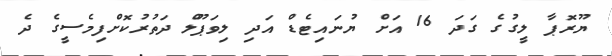
ޔޫރޮޕާ ލީގުގެ ގަދަ 16 އަށް ޔުނައިޓެޑް އަދި ލިވަޕޫލް ދަތުރުކޮށްފިމެސީގެ ދެ